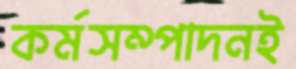
কর্মসম্পাদনই